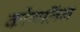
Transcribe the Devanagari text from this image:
कोंगलिंग